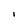
Character: i